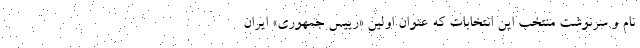
نام و سرنوشت منتخب این انتخابات که عنوان اولین «رییس جمهوری» ایران